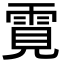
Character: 䨘